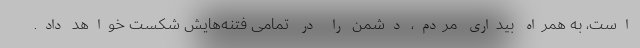
است، به همراه بیداری مردم، دشمن را در تمامی فتنه‌هایش شکست خواهد داد.